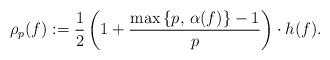
LaTeX: \begin{align*}\rho_{p}(f):=\frac{1}{2}\left(1+\frac{\max\left\{ p,\,\alpha(f)\right\} -1}{p}\right)\cdot h(f). \end{align*}